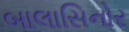
બાલાસિનોર